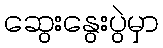
ဆွေးနွေးပွဲမှာ